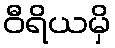
ဝီရိယမှိ